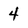
Character: 4